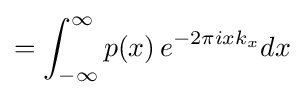
=\int _{-\infty }^{\infty }p(x)\,e^{-2\pi ixk_{x}}dx